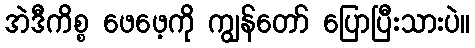
အဲဒီကိစ္စ ဖေဖေ့ကို ကျွန်တော် ပြောပြီးသားပဲ။